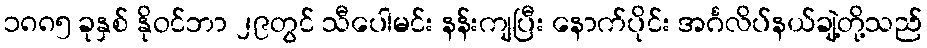
၁၈၈၅ ခုနှစ် နိုဝင်ဘာ ၂၉တွင် သီပေါမင်း နန်းကျပြီး နောက်ပိုင်း အင်္ဂလိပ်နယ်ချဲ့တို့သည်